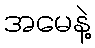
အမေနဲ့